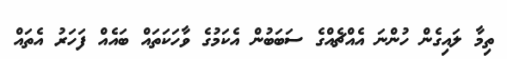
ތިމާ ލައިގެން ހުންނަ އެއްޗެއްގެ ސަބަބުން އެކަމުގެ ވާހަކަތައް ބައެއް ފަހަރު އެތައް